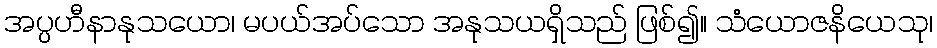
အပ္ပဟီနာနုသယော၊ မပယ်အပ်သော အနုသယရှိသည် ဖြစ်၍။ သံယောဇနိယေသု၊